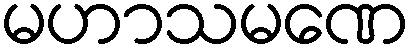
မဟာသမဏေ